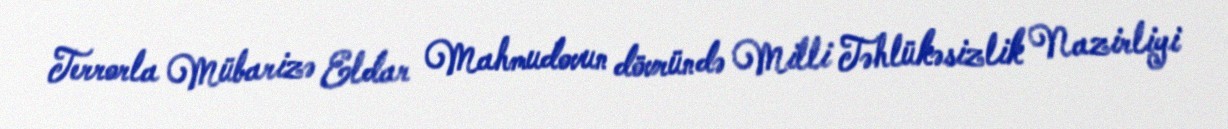
Terrorla Mübarizə Eldar Mahmudovun dövründə Milli Təhlükəsizlik Nazirliyi